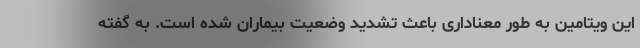
این ویتامین به طور معناداری باعث تشدید وضعیت بیماران شده است. به گفته